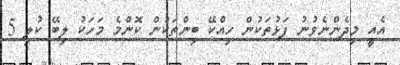
އެއީ މިދެންނެވުނު ފަޅުތަކުން ހިއްކޭ ބިންތަކުން ކޮންމެ މަހަކު ލިބޭ ކުލި 5